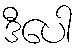
ဒီပေါ